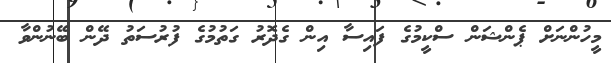
މީހުންނަށް ޕެންޝަން ސްކީމުގެ ފައިސާ އިން ގެދޮރު ގަތުމުގެ ފުރުސަތު ދޭން ބޭނުންވާ